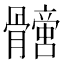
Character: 𩪩